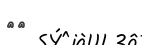
٢٧